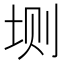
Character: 𫭮